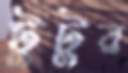
টুটুর